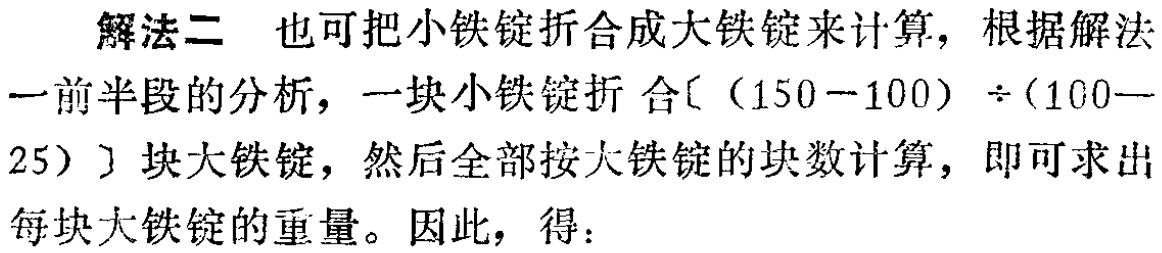
解法二 也可把小铁锭折合成大铁锭来计算，根据解法一前半段的分析，一块小铁锭折合\([(150 - 100)\div(100 - 25)]\)块大铁锭，然后全部按大铁锭的块数计算，即可求出每块大铁锭的重量。因此，得：